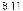
8.11